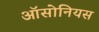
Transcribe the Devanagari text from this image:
ऑसोनियस